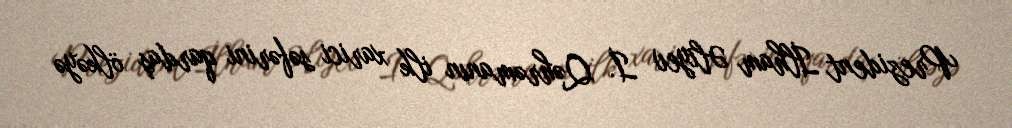
Prezident İlham Əliyev İ. Qəhrəmanın ilk xarici səfərini qardaş ölkəyə